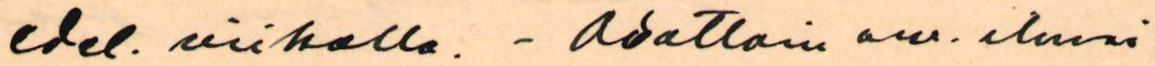
edel. viikolle. - Odottain arv. ilmoi-